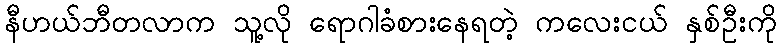
နီဟယ်ဘီတလာက သူ့လို ရောဂါခံစားနေရတဲ့ ကလေးငယ် နှစ်ဦးကို